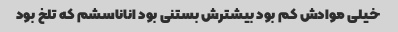
خیلی موادش کم بود بیشترش بستنی بود اناناسشم که تلخ بود